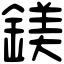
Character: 鎂